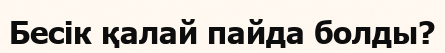
Бесік қалай пайда болды?